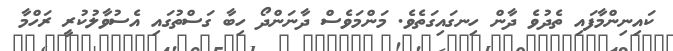
ކައިނިންމާފައި ތެދުވެ ދާން ހިނގައިގަތެވެ. މަންމަވެސް ދާނަންދޯ ހިބާ ގަސްތުގައި އެސުވާލުކުރީ ރަހްމާ